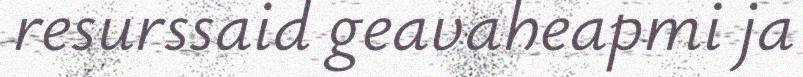
resurssaid geavaheapmi ja